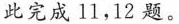
此完成11，12题。